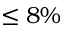
\leq 8 \%